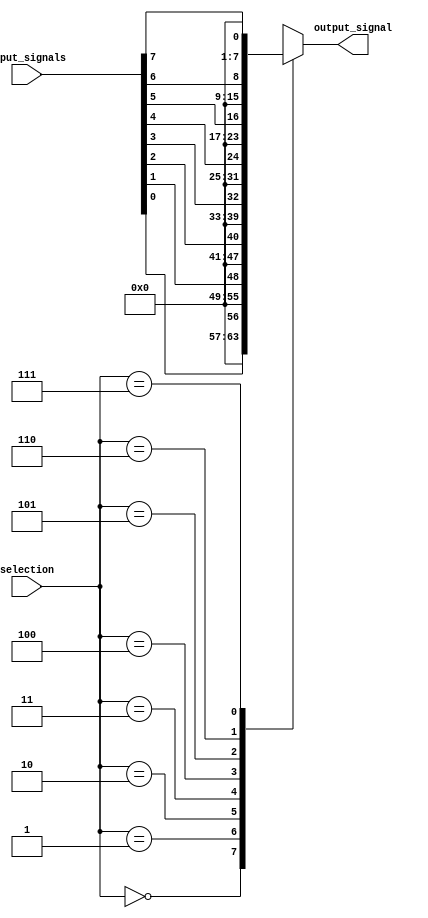
module IO_Mux_Demux_buffer (
    input wire [7:0] input_signals,
    input wire [2:0] selection,
    output reg [7:0] output_signal
);

always @ (selection or input_signals)
begin
    case (selection)
        3'b000: output_signal = input_signals[0];
        3'b001: output_signal = input_signals[1];
        3'b010: output_signal = input_signals[2];
        3'b011: output_signal = input_signals[3];
        3'b100: output_signal = input_signals[4];
        3'b101: output_signal = input_signals[5];
        3'b110: output_signal = input_signals[6];
        3'b111: output_signal = input_signals[7];
        default: output_signal = input_signals[0];
    endcase
end

endmodule